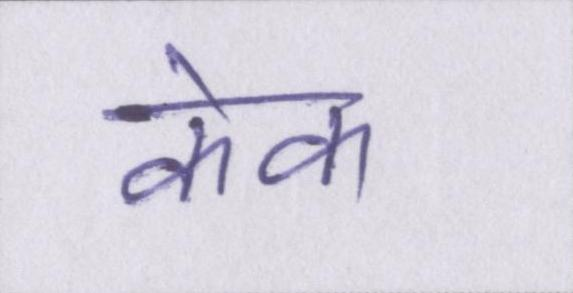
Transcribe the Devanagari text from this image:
केक